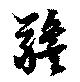
警